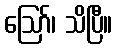
ဪ၊ သိပြီ။